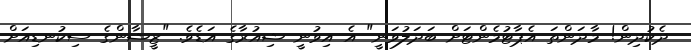
ދެކުދިން! މާދަންތަ އެޕާޓުމެންޓަށް ބަދަލުވަނީ" އެ އިވުނީ ޝިއުރާގެ އަޑެވެ. "ޒީޝާންގެ ސިކުނޑިއަށް